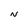
Character: N